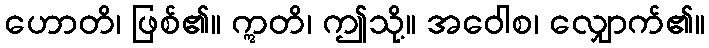
ဟောတိ၊ ဖြစ်၏။ ဣတိ၊ ဤသို့။ အဝေါစ၊ လျှောက်၏။